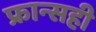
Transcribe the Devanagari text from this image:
फ्रान्सही